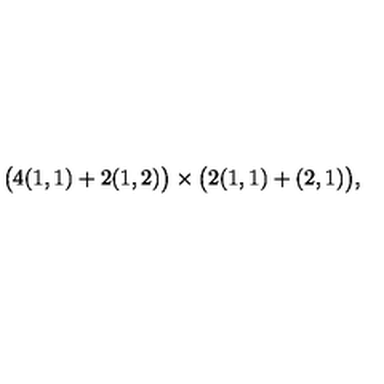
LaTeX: \big ( 4 ( 1 , 1 ) + 2 ( 1 , 2 ) \big ) \times \big ( 2 ( 1 , 1 ) + ( 2 , 1 ) \big ) ,